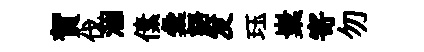
賀伐涸傃彙語发珏嶪寄勿